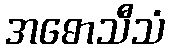
အဓောသီသံ